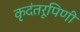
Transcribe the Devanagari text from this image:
कृदंतरूपिणी